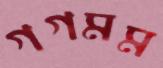
গগমম